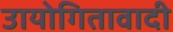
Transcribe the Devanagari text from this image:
उायोगितावादी